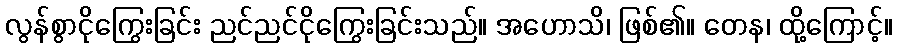
လွန်စွာငိုကြွေးခြင်း ညင်ညင်ငိုကြွေးခြင်းသည်။ အဟောသိ၊ ဖြစ်၏။ တေန၊ ထို့ကြောင့်။